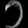
Digit: ၁